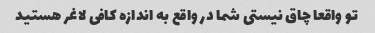
تو واقعا چاق نیستی شما در واقع به اندازه کافی لاغر هستید